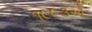
૧૯૯૩એ